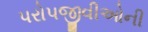
પરોપજીવીઓની